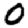
Digit: 0